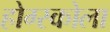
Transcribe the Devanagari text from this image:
होग्स्कोला